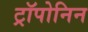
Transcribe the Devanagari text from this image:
ट्रॉपोनिन